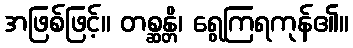
အဖြစ်ဖြင့်။ တစ္ဆန္တိ၊ ရွေကြရကုန်၏။